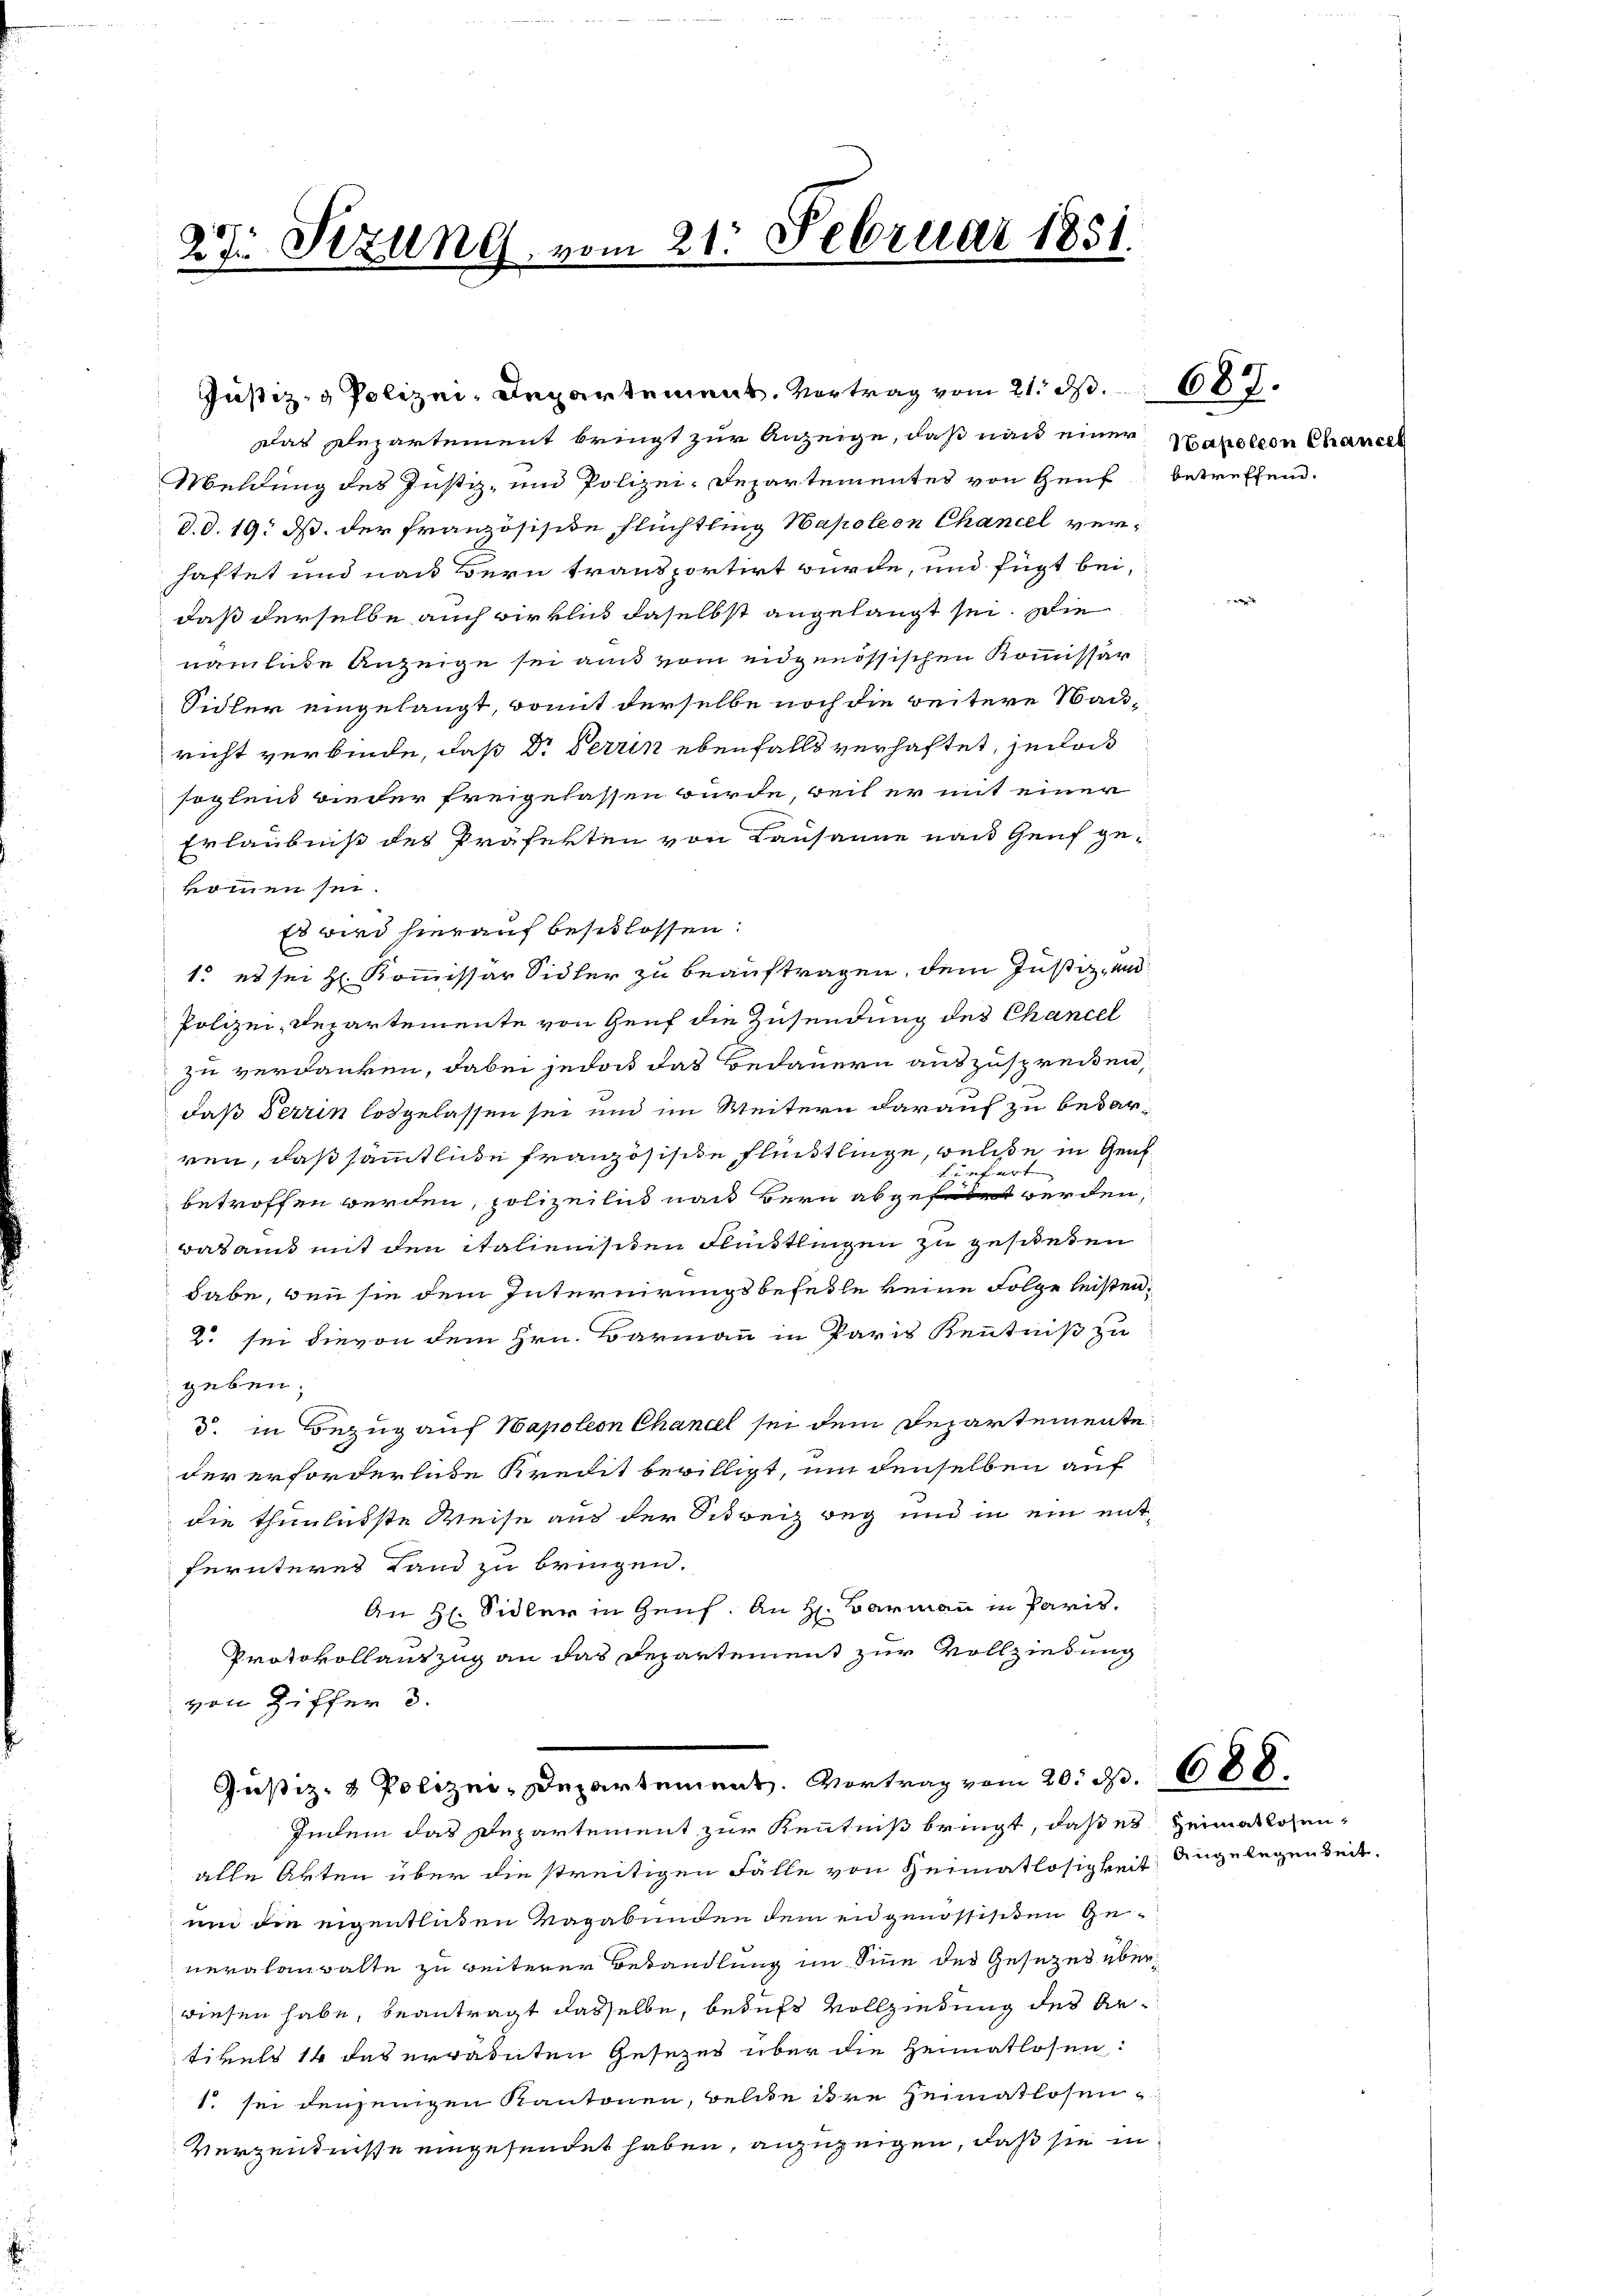
27 Sizung, vom 21. Februar 1851

Das Departement bringt zur Anzeige, daß nach einer
Meldung des Justiz- und Polizei-Departementes von Genf
d.d. 19. ds. der französisite Flüchtling Hapoleon Chancel verhaftet und nach Bern transportirt wurde, und fügt bei,
daß derselbe auch wirklich daselbst angelangt sei. Die
namliche Anzeige sei aus vom eidgenössischen Kommissar
Sidler eingelangt, womit derselbe noch die weitere Nach-
richt verbinde, daß Dr Terrin ebenfalls verhaftet, jedes
soglend wieder freigelassen wurde, weil er mit einer
Erlaubniß des Präfekten von Lausanne nach Genf gekommen sei.
Es wird hierauf beschlossen:
1. es sei H. Kommissar Sidler zu beauftragen, dem Justiz- und
Polizei-Departemente von Genf die Zusendung des Chancel
zu verdanken, dabei jedoch das Bedauern auszuspreiten,
daß Terrin losgelassen sei und im Weitern darauf zu besarren, daß sämtliche Französische Fleistlinge, weise in Genf
geben
f
betroffen werden, polizeilis nach Bern abgefert werden,
Badans mit den italienisten Fleistlingen zu gesieden
habe, den sie dem Internirungsbefeste keine Folge leisten.
2 sei dievon dem Hrn. Barmann in Paris Kenntniß zu
geben;
§. in Bezug auf Napoleon Chancel sei dem Departemente
der erforderliche Kredit bewilligt, um denselben auf
die thunlusste Weise aus der Schweiz weg und in ein ent-
fernteres Land zu bringen.
An H. Sidler in Genf. An H. Barmann in Paris,
Protokollauszug an das Departement zur Vollziehung
von Ziffer 3.

Justiz- & Polizei-Departement. Vortrag vom 21. ds.

Justiz- & Polizei-Departement. Vortrag vom 20. S. 688.

Sapoleon Chancel
betreffend.

Indem das Departement zur Kenntniß bringt, daß es Heimatlosenalle Arten über die streitigen Fälle von Heimatlosigkeit Angelegenheit,
und die eigentlichen Vagabunden dem eidgenössisten Generalanwalte zu weiterer Behandlung im Sinn des Gesezes überwiesen habe, beantragt dasselbe, behufs Vollziehung des Antikels 14 das errainten Gesezes über die Heimatlosen:
1 sei denjenigen Kantonen, bele ihre Heimatlosen-
Verzentnisse eingesundet haben, anzuzeigen, daß sie in

687.